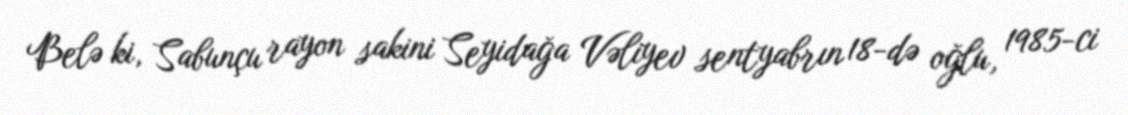
Belə ki, Sabunçu rayon sakini Seyidağa Vəliyev sentyabrın 18-də oğlu, 1985-ci